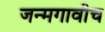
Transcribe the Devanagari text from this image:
जन्मगावीच